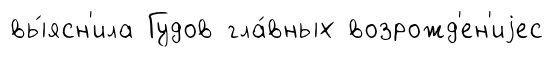
вы́ясн'ила Гудов гла́вных возрожд'ен'иjес